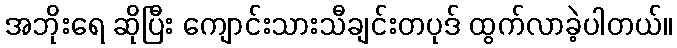
အဘိုးရေ ဆိုပြီး ကျောင်းသားသီချင်းတပုဒ် ထွက်လာခဲ့ပါတယ်။